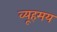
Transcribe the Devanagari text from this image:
व्यूहमय